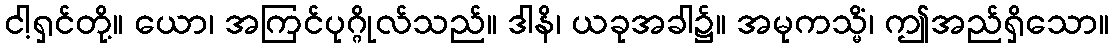
ငါ့ရှင်တို့။ ယော၊ အကြင်ပုဂ္ဂိုလ်သည်။ ဒါနိ၊ ယခုအခါ၌။ အမုကသ္မိံ၊ ဤအည်ရှိသော။